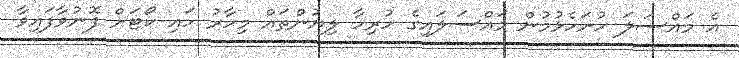
އެ މައްސަލަ ހުށަހެޅުމުން މައްސަލައިގެ ހުރިހާ ލިޔުންތައް މިހާރު ހައި ކޯޓަށް ފޮނުވާފައިވާ